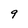
Character: 9